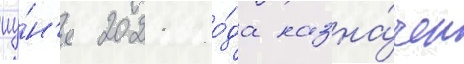
иу́н'я 2021 го́да назна́чен